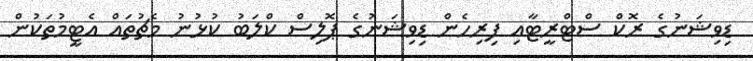
ޑިވިޝަނުގެ ރޮކް ސްޓްރީޓާއި ފިރިހެން ޑިވިޝަނުގެ ޕޮލިސް ކްލަބު ކުޅުނު މެޗުތައް އެެޓީމުތަކުން